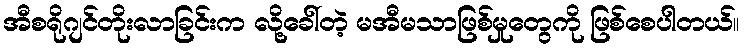
အီစရိုဂျင်တိုးလာခြင်းက လို့ခေါ်တဲ့ မအီမသာဖြစ်မှုတွေကို ဖြစ်စေပါတယ်။